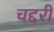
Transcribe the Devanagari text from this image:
चद्दरी